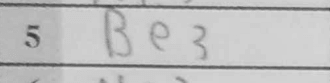
Transcription: Be3